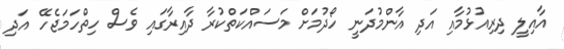
އާއިލީ ދިރިއުޅުމާއި އަދި އާންމުދަނީ ހޯދުމަށް މަސައްކަތްކުރާ ދާއިރާގައި ވެސް ހިތްހަމަޖެހޭ އަދި